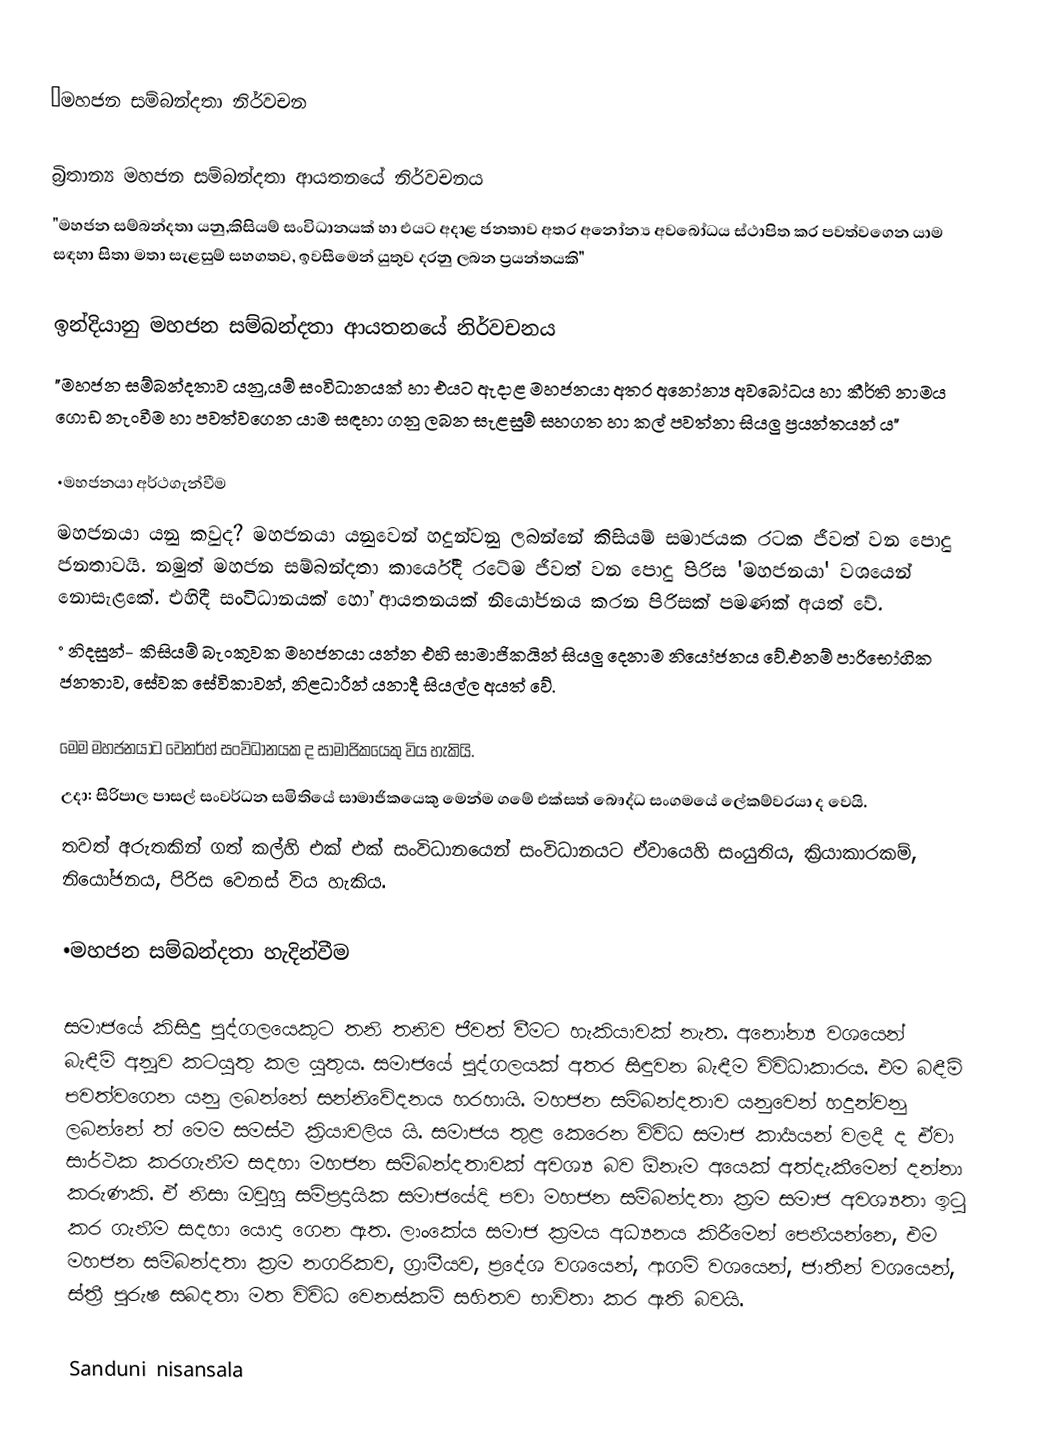
•මහජන සම්බන්දතා නිර්වචන

 බ්‍රිතාන්‍ය මහජන සම්බන්දතා ආයතනයේ නිර්වචනය
    "මහජන සම්බන්දතා යනු,කිසියම් සංවිධානයක් හා එයට අදාළ ජනතාව අතර අනෝන්‍ය අවබෝධය ස්ථාපිත කර පවත්වගෙන යාම සඳහා සිතා මතා සැළසුම් සහගතව, ඉවසීමෙන් යුතුව දරනු ලබන ප්‍රයන්තයකි"

 ඉන්දියානු මහජන සම්බන්දතා ආයතනයේ නිර්වචනය
    "මහජන සම්බන්දතාව යනු,යම් සංවිධානයක් හා එයට ඇදාළ මහජනයා අතර අනෝන්‍ය අවබෝධය හා කීර්ති නාමය ගොඩ නැංවීම හා පවත්වගෙන යාම සඳහා ගනු ලබන සැළසුම් සහගත හා කල් පවත්නා සියලු ප්‍රයන්තයන් ය"

•මහජනයා අර්ථගැන්වීම
          මහජනයා යනු කවුද? මහජනයා යනුවෙන් හදුන්වනු ලබන්නේ කිසියම් සමාජයක රටක ජීවත් වන පොදු ජනතාවයි. නමුත් මහජන සම්බන්දතා කාර්යේදී රටේම ජීවත් වන පොදු පිරිස 'මහජනයා' වශයෙන් නොසැළකේ. එහිදී සංවිධානයක් හෝ ආයතනයක් නියෝජනය කරන පිරිසක් පමණක් අයත් වේ.
 °නිදසුන්- කිසියම් බැංකුවක මහජනයා යන්න එහි සාමාජිකයින් සියලු දෙනාම නියෝජනය වේ.එනම් පාරිභෝගික ජනතාව, සේවක සේවිකාවන්, නිළධාරීන් යනාදී සියල්ල අයත් වේ.

  මෙම මහජනයාට වෙනර්හ් සංවිධානයක ද සාමාජිකයෙකු විය හැකියි.
උදා: සිරිපාල පාසල් සංවර්ධන සමිතියේ සාමාජිකයෙකු මෙන්ම ගමේ එක්සත් බෞද්ධ සංගමයේ ලේකම්වරයා ද වෙයි.
තවත් අරුතකින් ගත් කල්හි එක් එක් සංවිධානයෙන් සංවිධානයට ඒවායෙහි සංයුතිය, ක්‍රියාකාරකම්, නියෝජනය, පිරිස වෙනස් විය හැකිය.

 •මහජන සම්බන්දතා හැදින්වීම

සමාජයේ කිසිදු පුද්ගලයෙකුට තනි තනිව ජීවත් වීමට හැකියාවක් නැත. අනෝන්‍ය වශයෙන් බැඳීම් අනූව කටයුතු කල යුතුය. සමාජයේ පුද්ගලයක් අතර සිඳුවන බැඳීම විවිධාකාරය. එම බඳීම් පවත්වගෙන යනු ලබන්නේ සන්නිවේදනය හරහායි. මහජන සම්බන්දතාව යනුවෙන් හදුන්වනු ලබන්නේ ත් මෙම සමස්ථ ක්‍රියාවලිය යි. සමාජය තුළ කෙරෙන විවිධ සමාජ කාර්‍යයන් වලදී ද ඒවා සාර්ථක කරගැනීම සදහා මහජන සම්බන්දතාවක් අවශ්‍ය බව ඕනෑම අයෙක් අත්දැකීමෙන් දන්නා කරුණකි. ඒ නිසා ඔවුහු සම්ප්‍රදායික සමාජයේදි පවා මහජන සම්බන්දතා ක්‍රම සමාජ           අවශ්‍යතා ඉටු කර ගැනීම සදහා යොදා ගෙන ඇත. ලාංකේය සමාජ ක්‍රමය අධ්‍යනය කිරීමෙන් පෙනීයන්නෙ, එම මහජන සම්බන්දතා ක්‍රම නගරිකව, ග්‍රාමීයව, ප්‍රදේශ වශයෙන්, ආගම් වශයෙන්, ජාතීන් වශයෙන්, ස්ත්‍රී පුරුෂ සබදතා මත විවිධ වෙනස්කම් සහිතව භාවිතා කර ඇති බවයි.

Sanduni nisansala